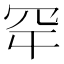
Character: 𮉾